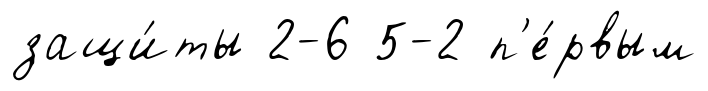
защи́ты 2-6 5-2 п'е́рвым